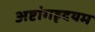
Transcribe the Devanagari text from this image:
अष्टांगहृदयम